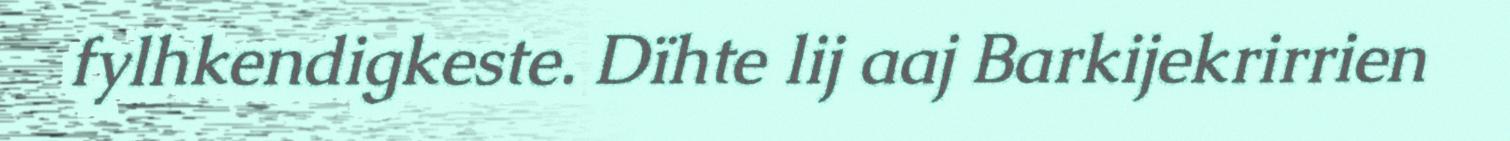
fylhkendigkeste. Dïhte lij aaj Barkijekrirrien